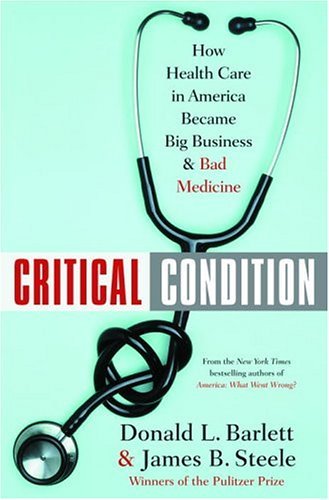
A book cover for Critical Condition: How Health Care in America Became Big Business--and Bad Medicine; Donald L. Barlett; Business & Money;